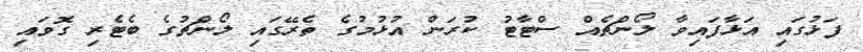
ފަޅުގައި އަޅާފައިވާ ލޯންޗެއް ސްޓާޓު ކުރަން އުޅުމުގެ ތެރޭގައި ލޯންޗުގެ ބެޓެރި ގޮވައި